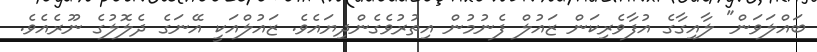
ބައްލަވަން" ލާއިގާގެ އުފާވެރިކަން ޒައުލް ފެނުމުން އިތުރުވެގެންދިޔައެވެ. ޒައުލްއަކީ އޭނަގެ ދެލޮލުގެ ނޫރެއެވެ.